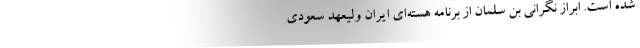
شده است. ابراز نگرانی بن سلمان از برنامه هسته‌ای ایران ولیعهد سعودی